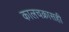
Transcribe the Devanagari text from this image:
कालचक्रासही